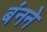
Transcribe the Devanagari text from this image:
बंनने